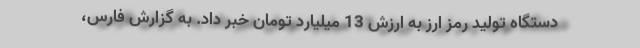
دستگاه تولید رمز ارز به ارزش 13 میلیارد تومان خبر داد. به گزارش فارس،